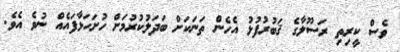
ވެސް ކީރިތި ރަސޫލާގެ ޤަބުރުފުޅު އެހެން ތަނަކަށް ބަދަލުކުރުމަށް ހުށަހަޅާފައެއް ނުވެ އެވެ.